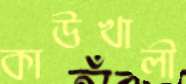
কাউখালী